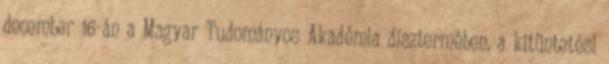
december 16-án a Magyar Tudományos Akadémia dísztermében, a kitüntetési